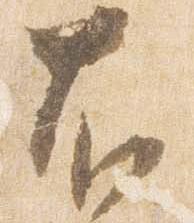
右